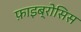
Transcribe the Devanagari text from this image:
फ़ाइब्रोसिस